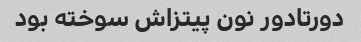
دورتادور نون پیتزاش سوخته بود